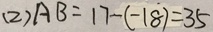
( 2 ) A B = 1 7 - ( - 1 8 ) = 3 5